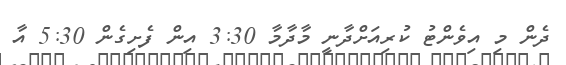
ދެން މި އިވެންޓު ކުރިއަށްދާނީ މާދާމާ 3:30 އިން ފެށިގެން 5:30 އާ